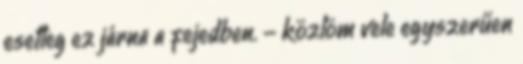
esetleg ez járna a fejedben. - közlöm vele egyszerűen